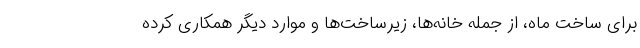
برای ساخت ماه، از جمله خانه‌ها، زیرساخت‌ها و موارد دیگر همکاری کرده